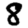
Digit: 8